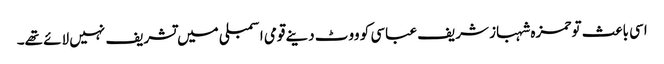
اسی باعث تو حمزہ شہباز شریف عباسی کو ووٹ دینے قومی اسمبلی میں تشریف نہیں لائے تھے۔